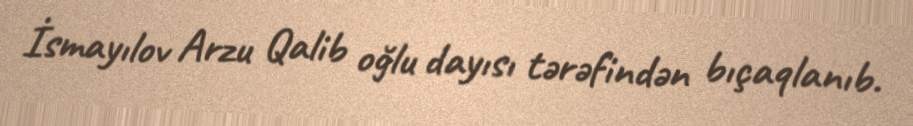
İsmayılov Arzu Qalib oğlu dayısı tərəfindən bıçaqlanıb.